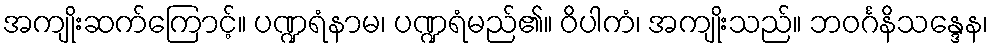
အကျိုးဆက်ကြောင့်။ ပဏ္ဍရံနာမ၊ ပဏ္ဍရံမည်၏။ ဝိပါကံ၊ အကျိုးသည်။ ဘဝင်္ဂနိသန္ဒေန၊